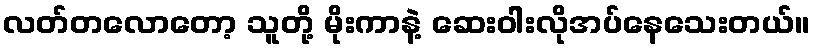
လတ်တလောတော့ သူတို့ မိုးကာနဲ့ ဆေးဝါးလိုအပ်နေသေးတယ်။